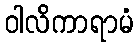
ဝါလိကာရာမံ